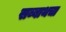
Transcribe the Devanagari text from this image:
सब्बाथचा